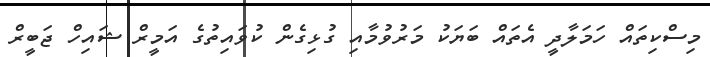
މިސްކިތައް ހަމަލާދީ އެތައް ބަޔަކު މަރުވުމާއި ގުޅިގެން ކުވައިތުގެ އަމީރް ޝައިހް ޖަބީރް